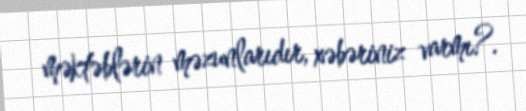
məktəblərin məzunlarıdır, xəbəriniz varmı?.